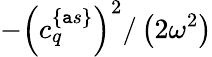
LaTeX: -\left(c_{q}^{\{ \mathtt{a}s\} }\right)^{2}/\left(2\omega^{2}\right)